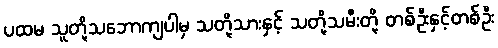
ပထမ သူတို့သဘောကျပါမှ သတို့သားနှင့် သတို့သမီးတို့ တစ်ဦးနှင့်တစ်ဦး